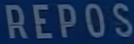
REPOS